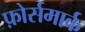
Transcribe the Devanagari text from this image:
फ़ोर्समार्क